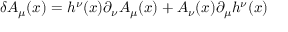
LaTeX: \delta A _ { \mu } ( x ) = h ^ { \nu } ( x ) \partial _ { \nu } A _ { \mu } ( x ) + A _ { \nu } ( x ) \partial _ { \mu } h ^ { \nu } ( x )